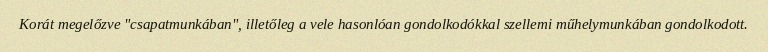
Korát megelőzve "csapatmunkában", illetőleg a vele hasonlóan gondolkodókkal szellemi műhelymunkában gondolkodott.